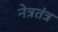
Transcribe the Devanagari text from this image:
नेत्रतंत्र